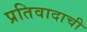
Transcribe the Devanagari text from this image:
प्रतिवादाची